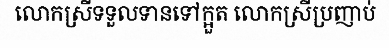
លោកស្រីទទួលទានទៅក្អួត លោកស្រីប្រញាប់